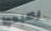
يصبحوا